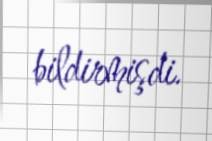
bildirmişdi.